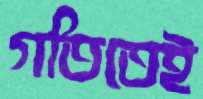
গতিতেই